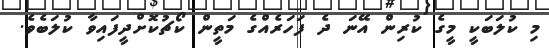
މި ކުލަބަކީ މީގެ ކުރިން އޭނަ ދެ ފަހަރެއްގެ މަތީން ކޯޗުކޮށްދީފައިވާ ކުލަބެވެ.